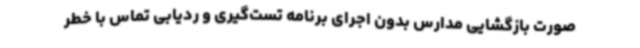
صورت بازگشایی مدارس بدون اجرای برنامه تست‌گیری و ردیابی تماس با خطر